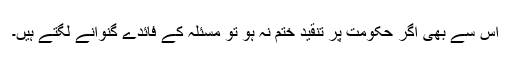
اس سے بھی اگر حکومت پر تنقید ختم نہ ہو تو مسئلہ کے فائدے گنوانے لگتے ہیں۔